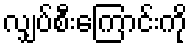
လျှပ်စီးကြောင်းကို